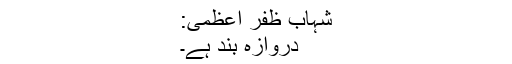
شہاب ظفر اعظمی:
دروازہ بند ہے۔